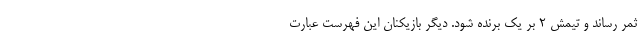
ثمر رساند و تیمش ۲ بر یک برنده شود. دیگر بازیکنان این فهرست عبارت